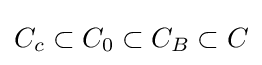
C_{c}\subset C_{0}\subset C_{B}\subset C